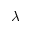
\lambda